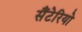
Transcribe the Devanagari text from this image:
सैंटेरियो